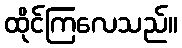
ထိုင်ကြလေသည်။